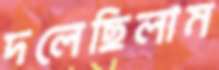
দলেছিলাম